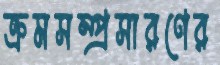
ক্রমসম্প্রসারণের